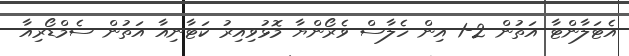
އެޓަލާންޓާ އަތުން 2-1 އިން ހެލާސް ވެރޯންޔާ މޮޅުވިއިރު ކަޓާނިއާ އަތުން ސެމްޑޯރިއާ